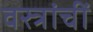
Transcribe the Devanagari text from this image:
वस्त्रांचीं